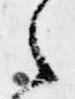
之